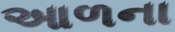
આળના